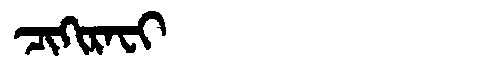
Manchu: ᠴᡳᡴᡳᡵᠠᠸᡳ
Romanization: CIKIRAFI